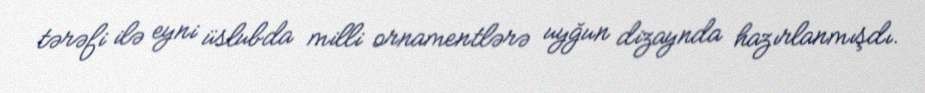
tərəfi ilə eyni üslubda milli ornamentlərə uyğun dizaynda hazırlanmışdı.